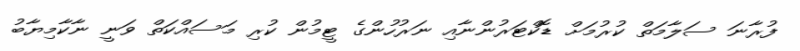
ފުރާނަ ސަލާމަތް ކުރުމަށް ޑޮކްޓަރުންނާއި ނަރުހުންގެ ޓީމުން ކުރި މަސައްކަތް ވަނީ ނާކާމިޔާބު